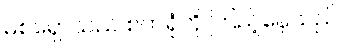
မစ်ရှောသည် စက်ရုံကို ကြည့်နေသည်။